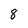
Character: 8